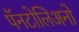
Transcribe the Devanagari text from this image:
पॅनटोलिअनो